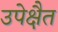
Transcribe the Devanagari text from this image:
उपेक्षैत